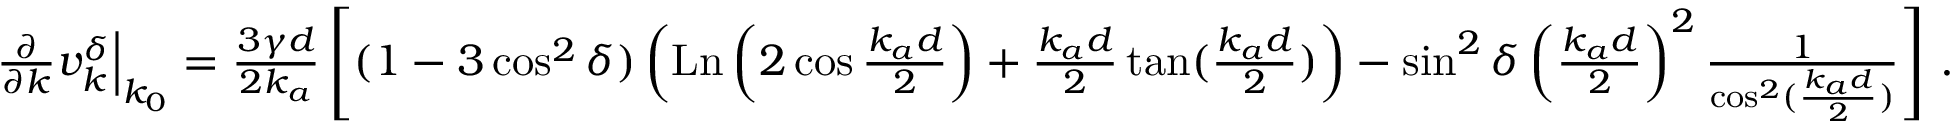
\begin{array} { r } { \frac { \partial } { \partial k } v _ { k } ^ { \delta } \Bigr | _ { k _ { 0 } } = \frac { 3 \gamma d } { 2 k _ { a } } \left[ ( 1 - 3 \cos ^ { 2 } \delta ) \left( \operatorname { L n } \left( 2 \cos \frac { k _ { a } d } { 2 } \right) + \frac { k _ { a } d } { 2 } \tan ( \frac { k _ { a } d } { 2 } ) \right) - \sin ^ { 2 } \delta \left( \frac { k _ { a } d } { 2 } \right) ^ { 2 } \frac { 1 } { \cos ^ { 2 } ( \frac { k _ { a } d } { 2 } ) } \right] \, . } \end{array}